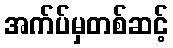
အက်ပ်မှတစ်ဆင့်